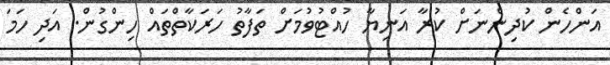
އަންހެން ކުދިންނަށް ކުރާ އަނިޔާ ހުއްޓުވުމަށް ތަފާތު ހަރަކާތްތައް ހިންގުން. އަދި ހަމަ